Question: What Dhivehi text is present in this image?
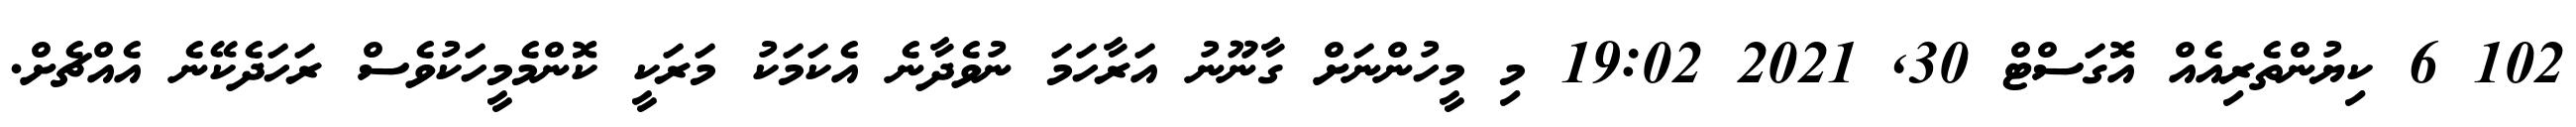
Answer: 102 6 ކިޔުންތެރިއެއް އޮގަސްޓް 30, 2021 19:02 މި މީހުންނަށް ގާނޫނު އަރާހަމަ ނުވެދާނެ އެކަމަކު މަރަކީ ކޮންމެމީހަކުވެސް ރަހަދެކޭނެ އެއްޗެށް.